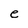
Character: e